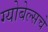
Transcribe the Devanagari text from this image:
ग्योबेल्सचे